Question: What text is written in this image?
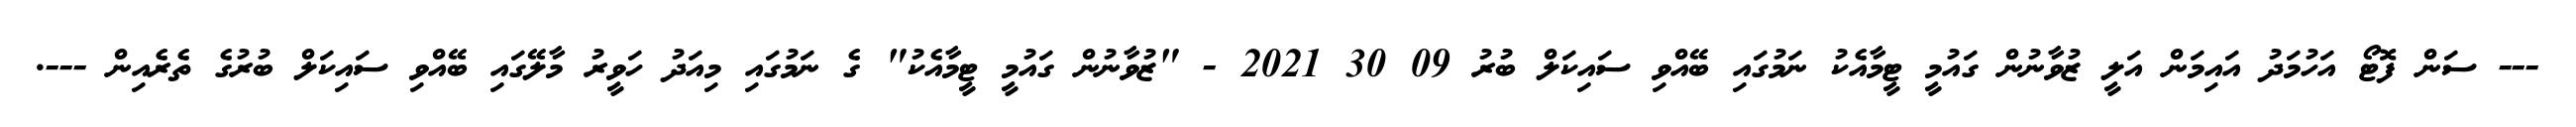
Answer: --- ސަން ފޮޓޯ އަހުމަދު އައިމަން އަލީ ޒުވާނުން ގައުމީ ޓީމާއެކު ނަމުގައި ބޭއްވި ސައިކަލް ބުރު 09 30 2021 - "ޒުވާނުން ގައުމީ ޓީމާއެކު" ގެ ނަމުގައި މިއަދު ހަވީރު މާލޭގައި ބޭއްވި ސައިކަލް ބުރުގެ ތެރެއިން ---.